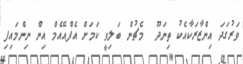
ވަރުގަދަ އިންޒާރަކާއެކު ތިނަދޫ  މެޗުން ބަލިވީ ކަމަށް އެފްއޭއެމް އިން ނިންމައިފި